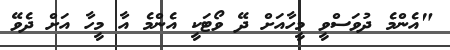
"އެންމެ ދުވަސްވީ މީހާއަށް ދޭ ވޯޓަކީ އެންމެ އާ މީހާ އަށް ދެވޭ